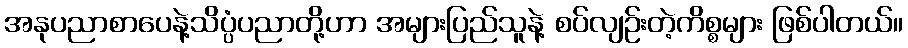
အနုပညာစာပေနဲ့သိပ္ပံပညာတို့ဟာ အများပြည်သူနဲ့ စပ်လျဉ်းတဲ့ကိစ္စများ ဖြစ်ပါတယ်။